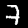
Digit: 7